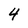
Character: 4